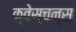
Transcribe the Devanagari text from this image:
क्वेस्चन्स